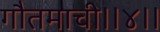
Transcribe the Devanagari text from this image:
गौतमाची।।४।।